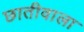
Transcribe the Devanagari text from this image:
छातीवाला